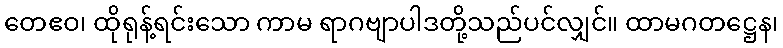
တေဧဝ၊ ထိုရုန့်ရင်းသော ကာမ ရာဂဗျာပါဒတို့သည်ပင်လျှင်။ ထာမဂတဋ္ဌေန၊